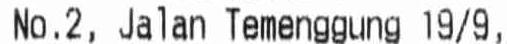
NO.2, JALAN TEMENGGUNG 19/9,